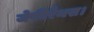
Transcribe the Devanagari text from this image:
जेफीरैंथस।